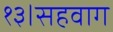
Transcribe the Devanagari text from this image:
१३।सहवाग